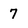
Character: 7